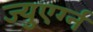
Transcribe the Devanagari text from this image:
ज्युएर्ग्न